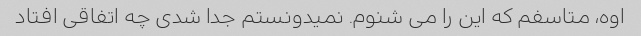
اوه، متاسفم که این را می شنوم. نمیدونستم جدا شدی چه اتفاقی افتاد